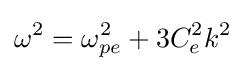
\omega ^{2}=\omega _{pe}^{2}+3C_{e}^{2}k^{2}